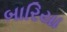
બારિયા